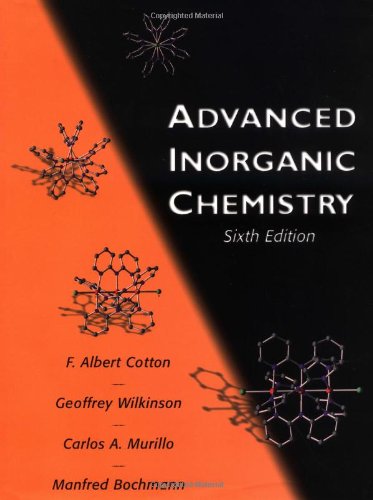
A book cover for Advanced Inorganic Chemistry; F. Albert Cotton; Science & Math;